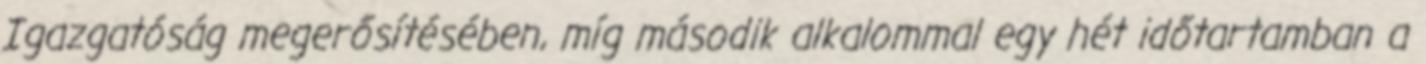
Igazgatóság megerősítésében, míg második alkalommal egy hét időtartamban a